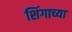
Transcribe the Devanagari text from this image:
शिंगाच्या